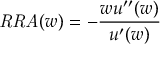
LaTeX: { \mathit { R R A } } ( w ) = - { \frac { w u ^ { \prime \prime } ( w ) } { u ^ { \prime } ( w ) } }